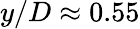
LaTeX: y/D\approx 0.55